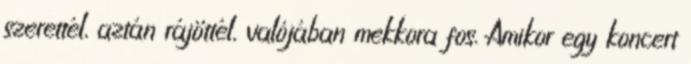
szerettél, aztán rájöttél, valójában mekkora fos. Amikor egy koncert